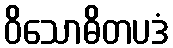
ဝိသောဓိတပဒံ